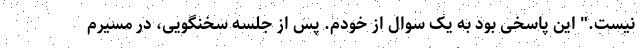
نیست." این پاسخی بود به یک سوال از خودم. پس از جلسه سخنگویی، در مسیرم